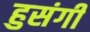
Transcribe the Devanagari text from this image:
हुसंगी